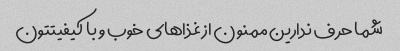
شما حرف ندارین ممنون از غذاهای خوب و با کیفیتتون